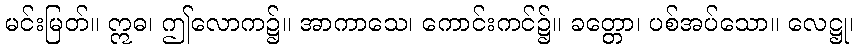
မင်းမြတ်။ ဣဓ၊ ဤလောက၌။ အာကာသေ၊ ကောင်းကင်၌။ ခတ္တော၊ ပစ်အပ်သော။ လေဋ္ဌု၊